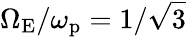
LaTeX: \Omega_{\mathrm{E}}/\omega_{\mathrm{p}}=1/\sqrt{3}